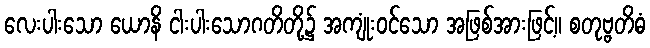
လေးပါးသော ယောနိ ငါးပါးသောဂတိတို့၌ အကျုံးဝင်သော အဖြစ်အားဖြင့်။ စတုဗ္ဗတိဓံ